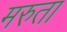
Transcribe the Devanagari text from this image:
मरुता